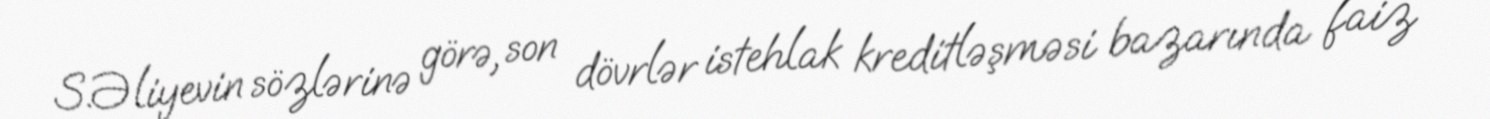
S.Əliyevin sözlərinə görə, son dövrlər istehlak kreditləşməsi bazarında faiz